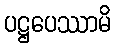
ပဋ္ဌပေဿာမိ